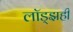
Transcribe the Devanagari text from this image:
लॉड्झही